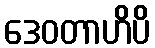
ဒေဝတာဟိပိ